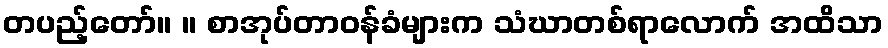
တပည့်တော်။ ။ စာအုပ်တာဝန်ခံများက သံဃာတစ်ရာလောက် အထိသာ